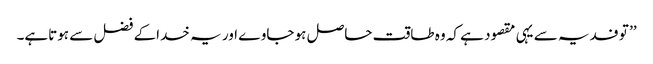
’’ تو فدیہ سے یہی مقصود ہے کہ وہ طاقت حاصل ہو جاوے اور یہ خداکے فضل سے ہوتاہے۔